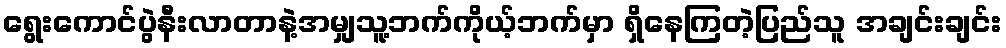
ရွေးကောင်ပွဲနီးလာတာနဲ့အမျှသူ့ဘက်ကိုယ့်ဘက်မှာ ရှိနေကြတဲ့ပြည်သူ အချင်းချင်း